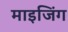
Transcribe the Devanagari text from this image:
माइजिंग